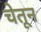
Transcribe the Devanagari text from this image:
चेतून